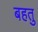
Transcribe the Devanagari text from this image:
बहतु